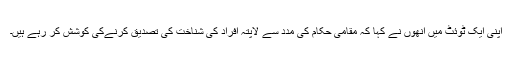
اپنی ایک ٹوئٹ میں انھوں نے کہا کہ مقامی حکام کی مدد سے لاپتہ افراد کی شناخت کی تصدیق کرنےکی کوشش کر رہے ہیں۔